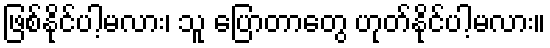
ဖြစ်နိုင်ပါ့မလား၊ သူ ပြောတာတွေ ဟုတ်နိုင်ပါ့မလား။